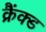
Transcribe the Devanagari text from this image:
क्रैंक्ड